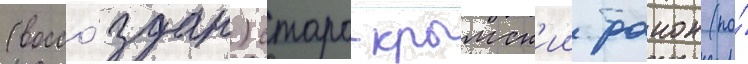
(воссо́здан) старо-крымск'ии раион (по́